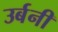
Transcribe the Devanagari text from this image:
उर्बनी